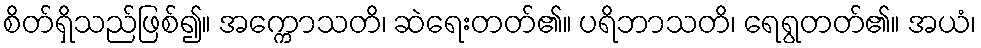
စိတ်ရှိသည်ဖြစ်၍။ အက္ကောသတိ၊ ဆဲရေးတတ်၏။ ပရိဘာသတိ၊ ရေရွတတ်၏။ အယံ၊